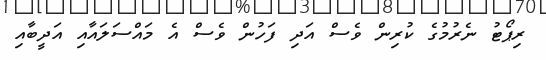
ރިޕޯޓު ނެރުމުގެ ކުރިން ވެސް އަދި ފަހުން ވެސް އެ މައްސަލައާއި އަދީބާއި